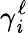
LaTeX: \gamma_{\mathit{i}}^{\ell}